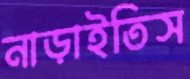
নাড়াইতিস